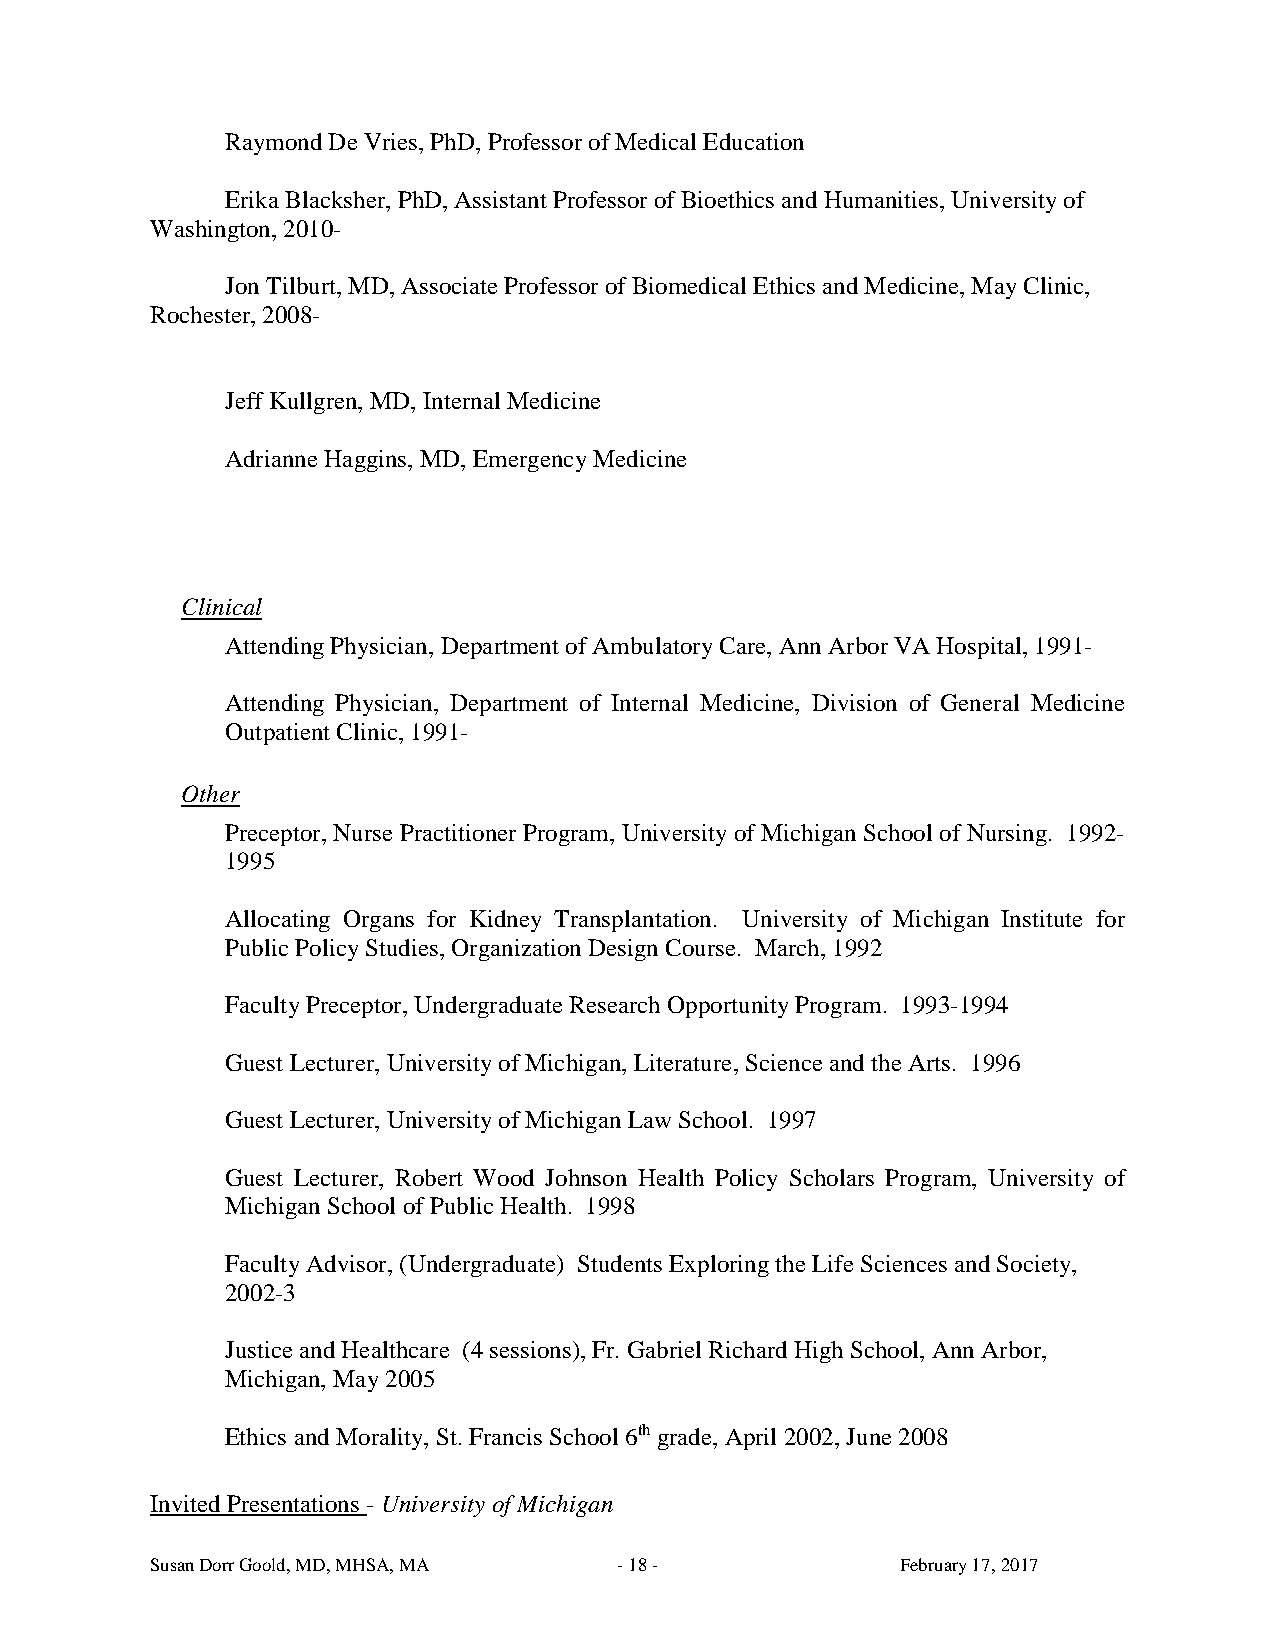
Raymond De Vries, PhD, Professor of Medical Education
 Erika Blacksher, PhD, Assistant Professor of Bioethics and Humanities, University of
 Washington, 2010-
 Jon Tilburt, MD, Associate Professor of Biomedical Ethics and Medicine, May Clinic,
 Rochester, 2008-
 Jeff Kullgren, MD, Internal Medicine
 Adrianne Haggins, MD, Emergency Medicine
 Clinical
 Attending Physician, Department of Ambulatory Care, Ann Arbor VA Hospital, 1991-
 Attending Physician, Department of Internal Medicine, Division of General Medicine
 Outpatient Clinic, 1991-
 Other
 Preceptor, Nurse Practitioner Program, University of Michigan School of Nursing. 1992-
 1995
 Allocating Organs for Kidney Transplantation. University of Michigan Institute for
 Public Policy Studies, Organization Design Course. March, 1992
 Faculty Preceptor, Undergraduate Research Opportunity Program. 1993-1994
 Guest Lecturer, University of Michigan, Literature, Science and the Arts. 1996
 Guest Lecturer, University of Michigan Law School. 1997
 Guest Lecturer, Robert Wood Johnson Health Policy Scholars Program, University of
 Michigan School of Public Health. 1998
 Faculty Advisor, (Undergraduate) Students Exploring the Life Sciences and Society,
 2002-3
 Justice and Healthcare (4 sessions), Fr. Gabriel Richard High School, Ann Arbor,
 Michigan, May 2005
 Ethics and Morality, St. Francis School 6th grade, April 2002, June 2008
 Invited Presentations - University of Michigan
 Susan Dorr Goold, MD, MHSA, MA - 18 -             February 17, 2017